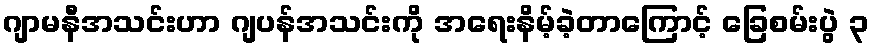
ဂျာမနီအသင်းဟာ ဂျပန်အသင်းကို အရေးနိမ့်ခဲ့တာကြောင့် ခြေစမ်းပွဲ ၃